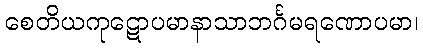
စေတိယကုဋောပမာနာသာဘင်္ဂမရဏောပမာ၊